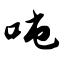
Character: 吨